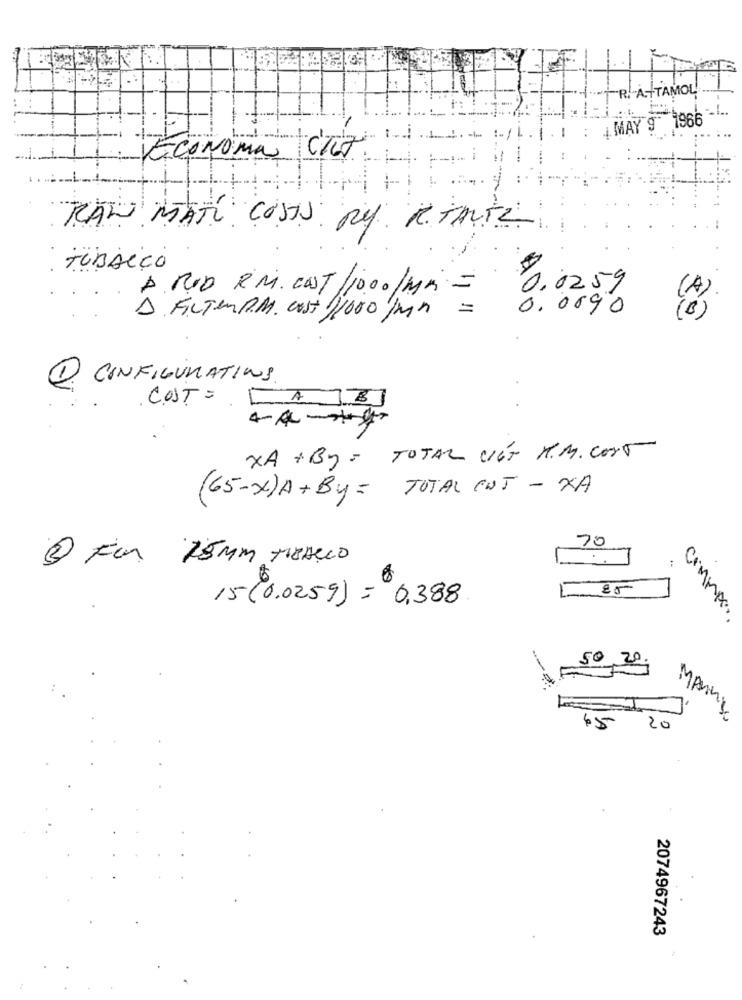
"R."A TAMOL
....
4 MAY 9 1966
Economia CR7
RAN MATE COSTS ny ReTANTE
TUBALÇO
$0,0259
A ROD RM. COST/10.00/MM =
=
0.0690
(A)
A FILTER.M. cost 11000 /Mn
1. CONFIGURATIONS
COST = [AB]
XA + By = TOTAL VIKT R.M. COST
(65-X) A+By = TOTAL ENT - XA
70
3 For 75MM THEALLO
1 85
15(0.0259) = 0,388
commes.
50 20.
15
20
2074967243